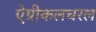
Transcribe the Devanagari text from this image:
ऐग्रीकलचरल